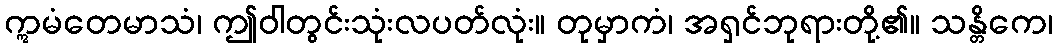
ဣမံတေမာသံ၊ ဤဝါတွင်းသုံးလပတ်လုံး။ တုမှာကံ၊ အရှင်ဘုရားတို့၏။ သန္တိကေ၊